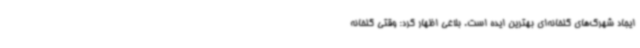
ایجاد شهرک‌های گلخانه‌ای بهترین ایده است. بلاغی اظهار کرد: وقتی گلخانه